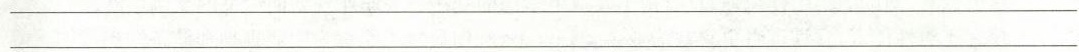
___